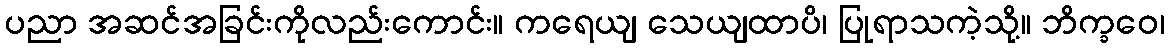
ပညာ အဆင်အခြင်းကိုလည်းကောင်း။ ကရေယျ သေယျထာပိ၊ ပြုရာသကဲ့သို့။ ဘိက္ခဝေ၊